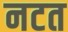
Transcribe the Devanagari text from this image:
नटत